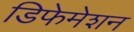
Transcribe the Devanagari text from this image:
डिफेमेशन